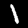
Label: 1